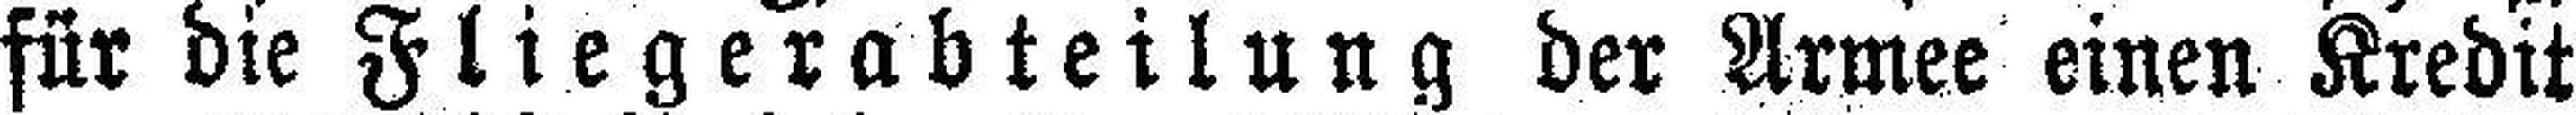
für die Fliegerabteilung der Armee einen Kredit